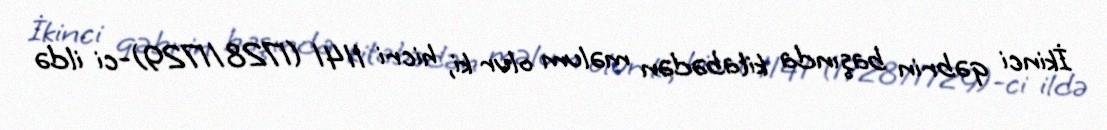
İkinci qəbrin başında kitabədən məlum olur ki, hicri 1141 (1728/1729)-ci ildə